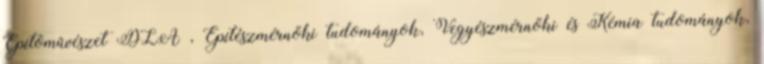
Építõmûvészet DLA , Építészmérnöki tudományok, Vegyészmérnöki és Kémia tudományok,